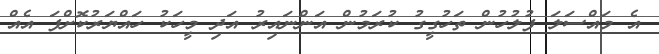
އެ މައްސަލަ ފުލުހުން ތަހުގީގު ކުރަމުން އަންނައިރު އަދި މީހަކު ހައްޔަރުކޮށްފަ އެއް